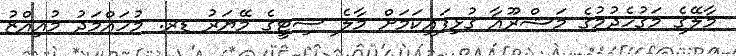
މާލޭގެ މަގުހެދުމުގެ މަޝްރޫއާ ގުޅިފައިކަމަށް މާލެ ސިޓީގެ މޭޔަރު ޑރ. މުހައްމަދު މުއިއްޒު